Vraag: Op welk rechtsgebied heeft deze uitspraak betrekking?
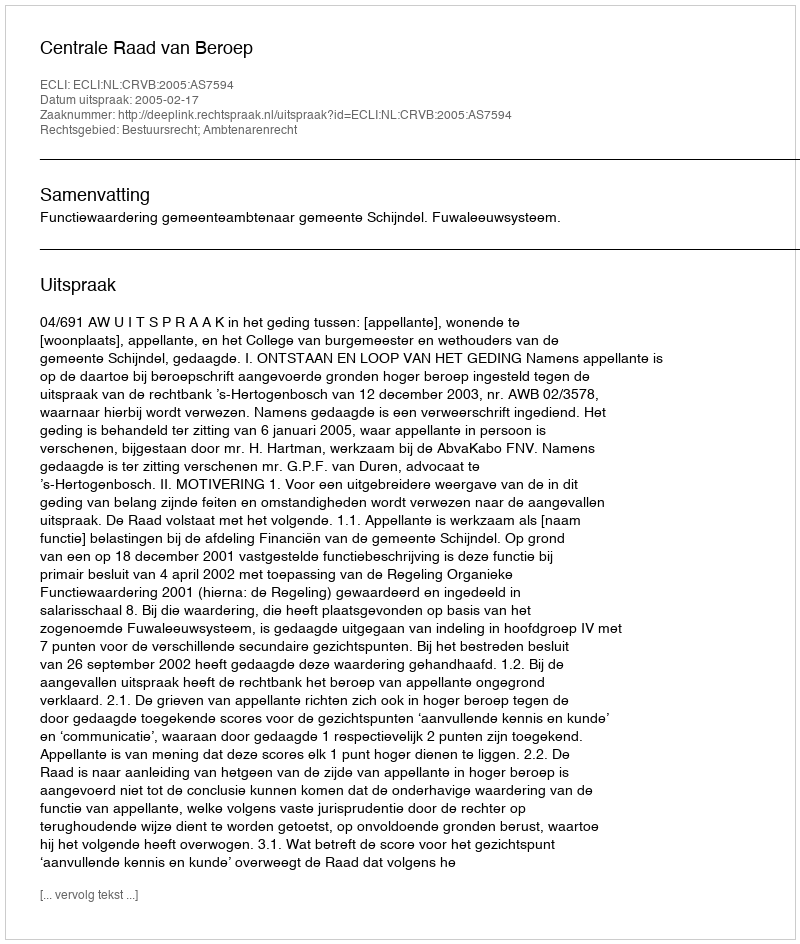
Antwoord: Bestuursrecht; Ambtenarenrecht